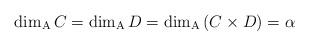
LaTeX: \begin{align*}\dim_{\rm A}C=\dim_{\rm A}D=\dim_{\rm A}\left(C\times D\right)=\alpha\end{align*}